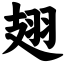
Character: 翅